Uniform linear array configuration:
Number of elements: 48
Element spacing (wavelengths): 0.75
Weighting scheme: blackman
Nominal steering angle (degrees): -45
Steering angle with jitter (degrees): -46.909
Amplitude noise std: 0.05
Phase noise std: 0.05

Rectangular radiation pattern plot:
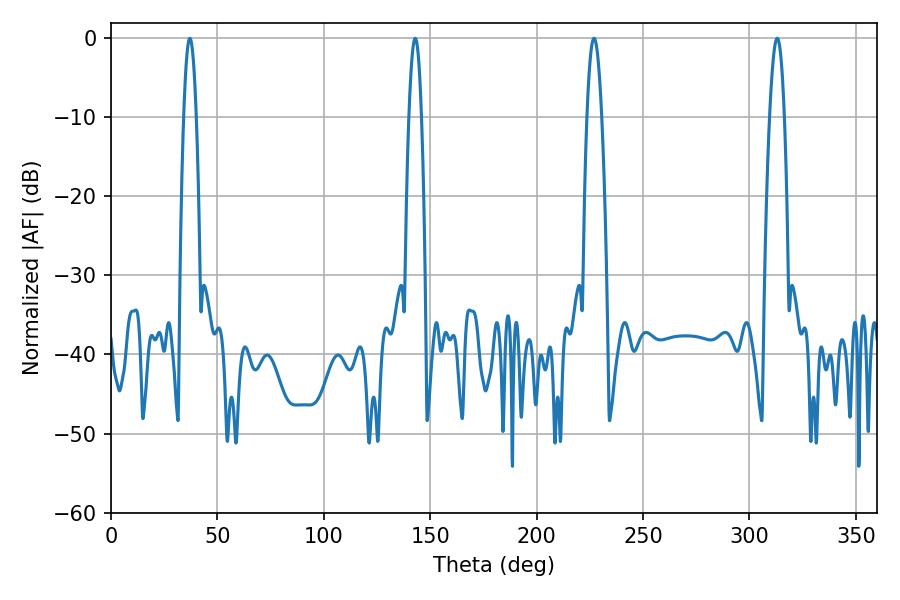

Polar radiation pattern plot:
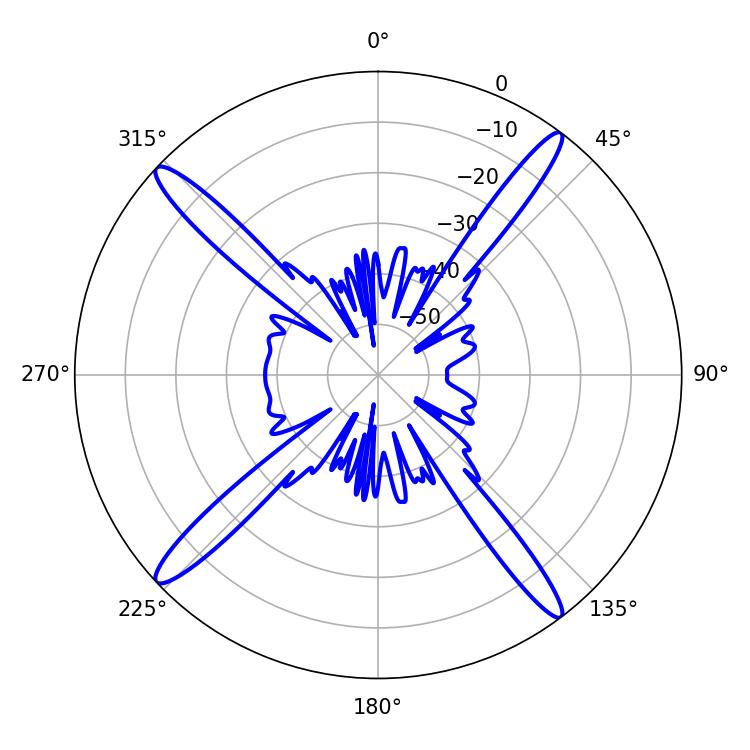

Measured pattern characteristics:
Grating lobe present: TRUE
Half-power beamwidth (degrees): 3.78
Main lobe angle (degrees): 226.98